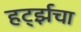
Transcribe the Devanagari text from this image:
हर्ट्झचा